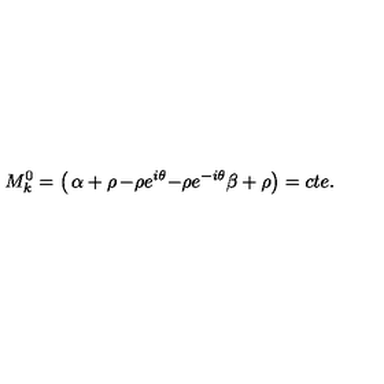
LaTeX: M _ { k } ^ { 0 } = \left( \begin{matrix} { \alpha + \rho } & { - \rho e ^ { i \theta } } \\ { - \rho e ^ { - i \theta } } & { \beta + \rho } \\ \end{matrix} \right) = c t e .